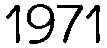
1971